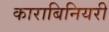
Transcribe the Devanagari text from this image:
काराबिनियरी